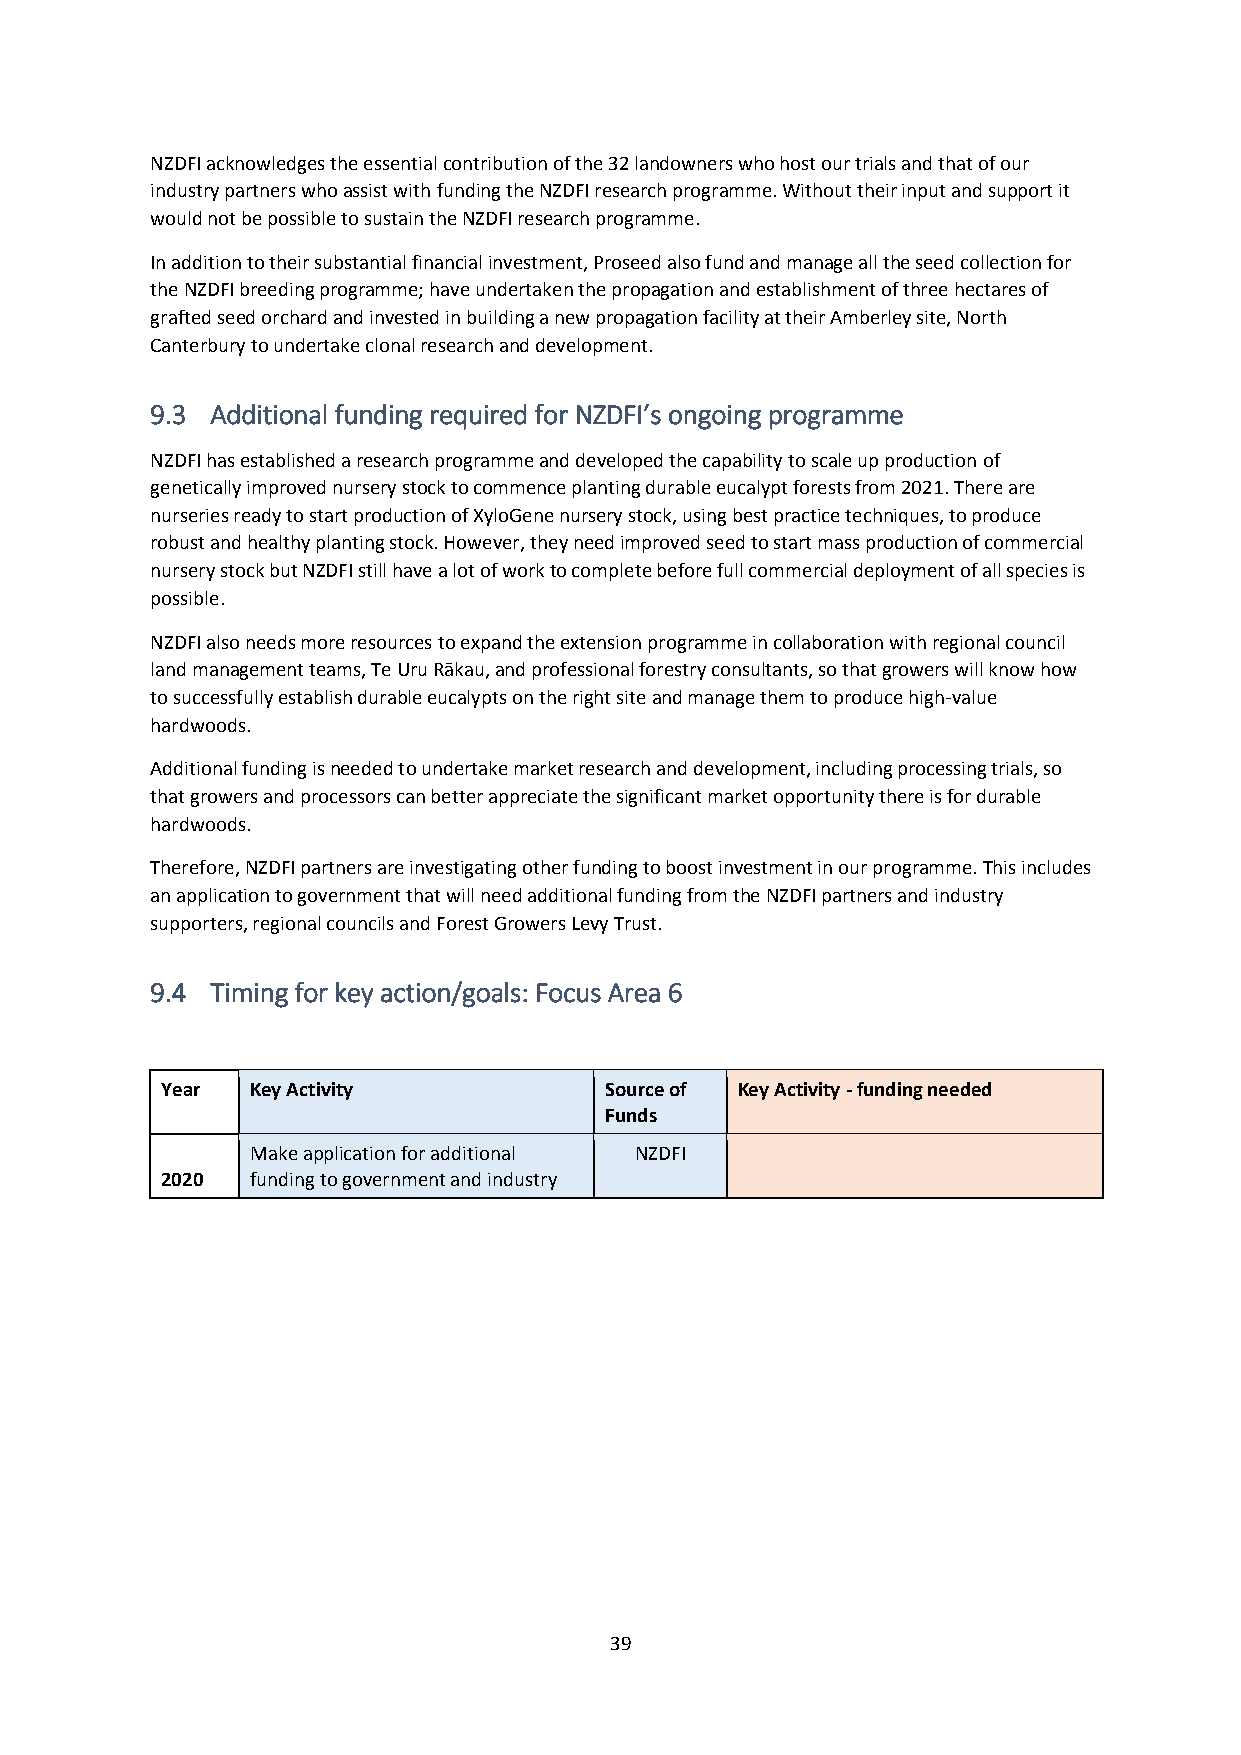
NZDFI acknowledges the essential contribution of the 32 landowners who host our trials and that of our
 industry partners who assist with funding the NZDFI research programme. Without their input and support it
 would not be possible to sustain the NZDFI research programme.
 In addition to their substantial financial investment, Proseed also fund and manage all the seed collection for
 the NZDFI breeding programme; have undertaken the propagation and establishment of three hectares of
 grafted seed orchard and invested in building a new propagation facility at their Amberley site, North
 Canterbury to undertake clonal research and development.
 9.3 Additional funding required for NZDFI’s ongoing programme
 NZDFI has established a research programme and developed the capability to scale up production of
 genetically improved nursery stock to commence planting durable eucalypt forests from 2021. There are
 nurseries ready to start production of XyloGene nursery stock, using best practice techniques, to produce
 robust and healthy planting stock. However, they need improved seed to start mass production of commercial
 nursery stock but NZDFI still have a lot of work to complete before full commercial deployment of all species is
 possible.
 NZDFI also needs more resources to expand the extension programme in collaboration with regional council
 land management teams, Te Uru Rākau, and professional forestry consultants, so that growers will know how
 to successfully establish durable eucalypts on the right site and manage them to produce high-value
 hardwoods.
 Additional funding is needed to undertake market research and development, including processing trials, so
 that growers and processors can better appreciate the significant market opportunity there is for durable
 hardwoods.
 Therefore, NZDFI partners are investigating other funding to boost investment in our programme. This includes
 an application to government that will need additional funding from the NZDFI partners and industry
 supporters, regional councils and Forest Growers Levy Trust.
 9.4 Timing for key action/goals: Focus Area 6
 Year  Key Activity           Source of Key Activity - funding needed
 Funds
 Make application for additional NZDFI
 2020  funding to government and industry
 39